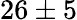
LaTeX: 26\pm 5